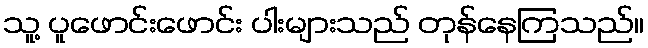
သူ့ ပူဖောင်းဖောင်း ပါးများသည် တုန်နေကြသည်။